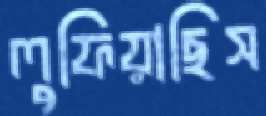
লুফিয়াছিস